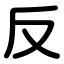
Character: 反